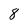
Character: 8